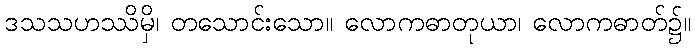
ဒသသဟဿိမှိ၊ တသောင်းသော။ လောကဓာတုယာ၊ လောကဓာတ်၌။